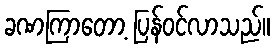
ခဏကြာတော့ ပြန်ဝင်လာသည်။